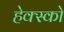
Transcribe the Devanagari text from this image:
हेक्स्को